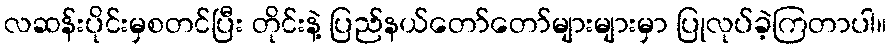
လဆန်းပိုင်းမှစတင်ပြီး တိုင်းနဲ့ ပြည်နယ်တော်တော်များများမှာ ပြုလုပ်ခဲ့ကြတာပါ။